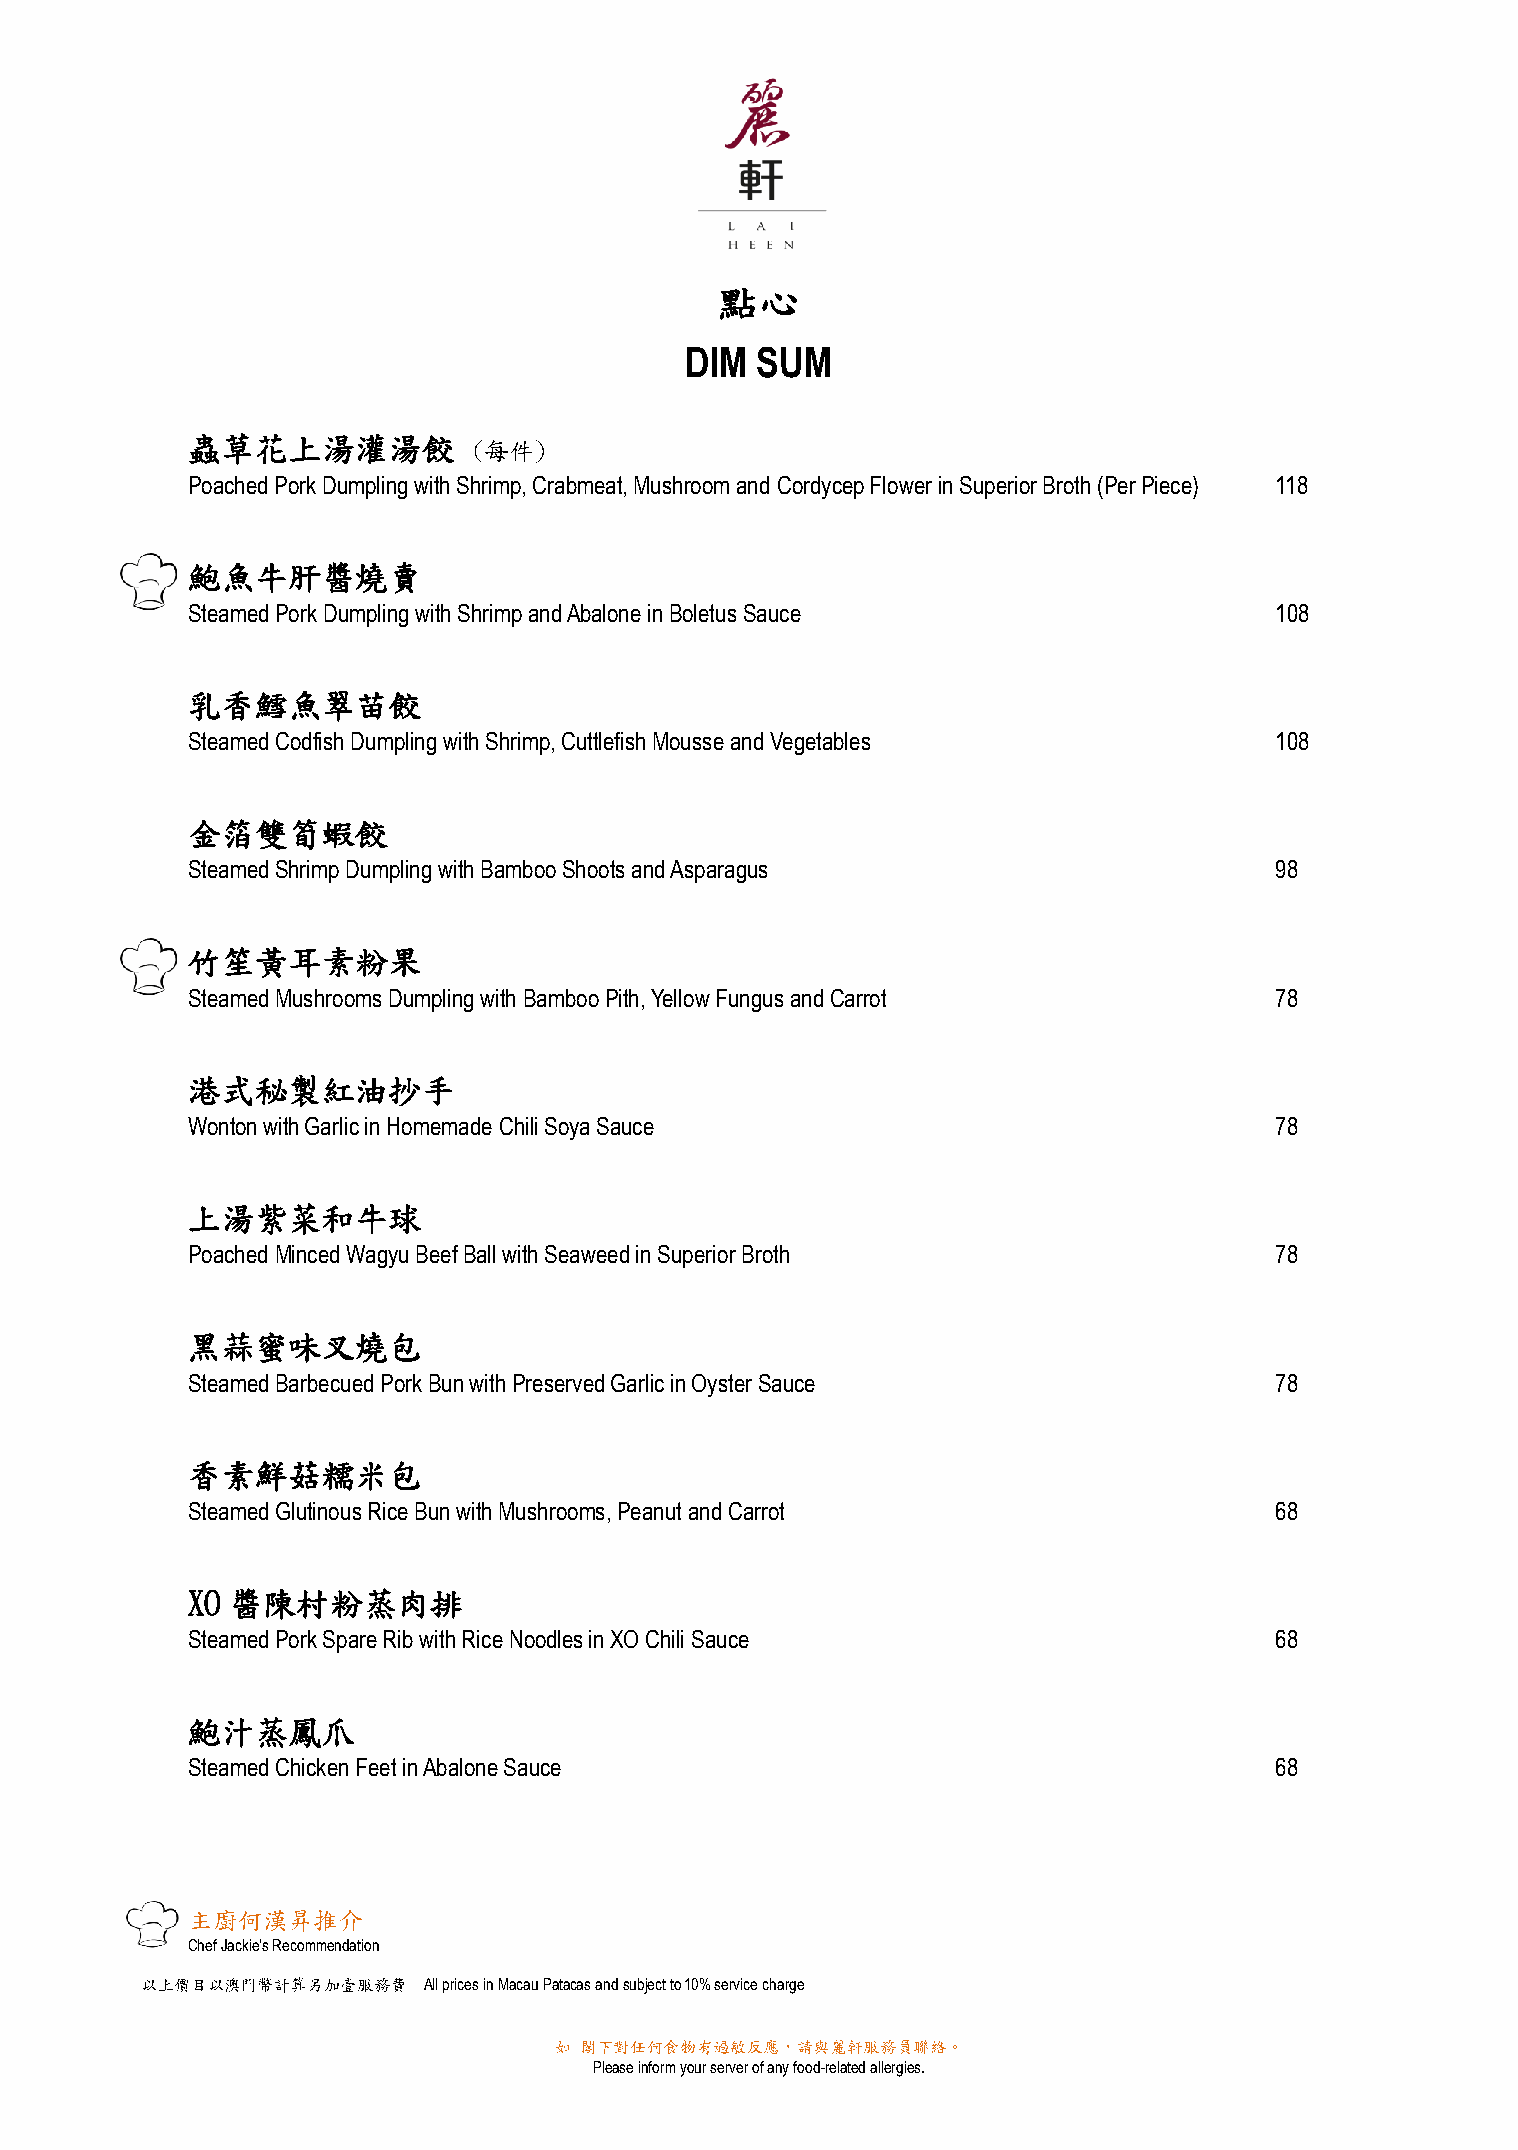
點心
 DIM  SUM
 蟲草花上湯灌湯餃
 (每件)
 Poached Pork Dumpling with Shrimp, Crabmeat, Mushroom and Cordycep Flower in Superior Broth (Per Piece) 118
 鮑魚牛肝醬燒賣
 Steamed Pork Dumpling with Shrimp and Abalone in Boletus Sauce          108
 乳香鱈魚翠苗餃
 Steamed Codfish Dumpling with Shrimp, Cuttlefish Mousse and Vegetables  108
 金箔雙筍蝦餃
 Steamed Shrimp Dumpling with Bamboo Shoots and Asparagus                98
 竹笙黃耳素粉果
 Steamed Mushrooms Dumpling with Bamboo Pith, Yellow Fungus and Carrot   78
 港式秘製紅油抄手
 Wonton with Garlic in Homemade Chili Soya Sauce                         78
 上湯紫菜和牛球
 Poached Minced Wagyu Beef Ball with Seaweed in Superior Broth           78
 黑蒜蜜味叉燒包
 Steamed Barbecued Pork Bun with Preserved Garlic in Oyster Sauce        78
 香素鮮菇糯米包
 Steamed Glutinous Rice Bun with Mushrooms, Peanut and Carrot            68
 XO 醬陳村粉蒸肉排
 Steamed Pork Spare Rib with Rice Noodles in XO Chili Sauce              68
 鮑汁蒸鳳爪
 Steamed Chicken Feet in Abalone Sauce                                   68
 主廚何漢昇推介
 Chef Jackie’s Recommendation
 以上價目以澳門幣計算另加壹服務費   All prices in Macau Patacas and subject to 10% service charge
 如 閣下對任何食物有過敏反應，請與麗軒服務員聯絡。
 Please inform your server of any food-related allergies.